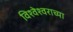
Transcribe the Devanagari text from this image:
विश्वेश्वराच्या